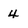
Character: 4